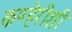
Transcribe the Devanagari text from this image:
कण्हेरीशी